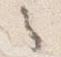
之